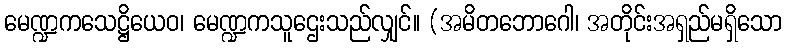
မေဏ္ဍကသေဋ္ဌိယေဝ၊ မေဏ္ဍကသူဌေးသည်လျှင်။ (အမိတဘောဂေါ၊ အတိုင်းအရှည်မရှိသော